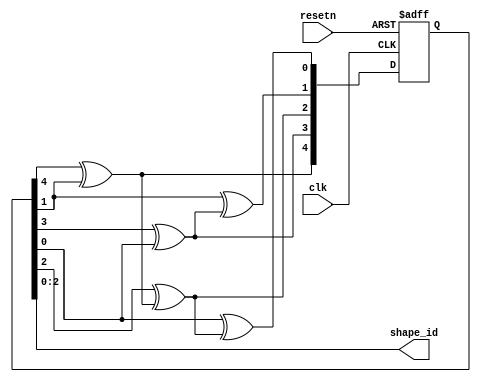
// randomly generate 3 bit value from 0 to 7 based on LFSR.
module shape_generator(
    clk,
    resetn,
    shape_id
);

    input clk;
    input resetn;
    output [2:0] shape_id;

    reg [4:0] r;
    reg [4:0] nx_r;
    assign shape_id = r[2:0];
    
    always@(*) begin
        nx_r[4] = r[4]^r[1];
        nx_r[3] = r[3]^r[0];
        nx_r[2] = r[2]^nx_r[4];
        nx_r[1] = r[1]^nx_r[3];
        nx_r[0] = r[0]^nx_r[2];
    end

always @(posedge clk, negedge resetn)
  if(!resetn)
    r <= 5'd31;
  else
    r <= nx_r;

endmodule